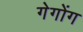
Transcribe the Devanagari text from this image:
गेगोंग